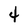
Character: 4